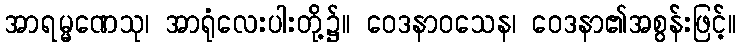
အာရမ္မဏေသု၊ အာရုံလေးပါးတို့၌။ ဝေဒနာဝသေန၊ ဝေဒနာ၏အစွန်းဖြင့်။